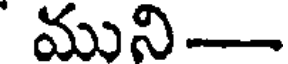
ముని-